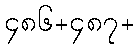
၄၈၆+၄၈၇+